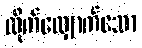
လိုက်လျှောက်သော